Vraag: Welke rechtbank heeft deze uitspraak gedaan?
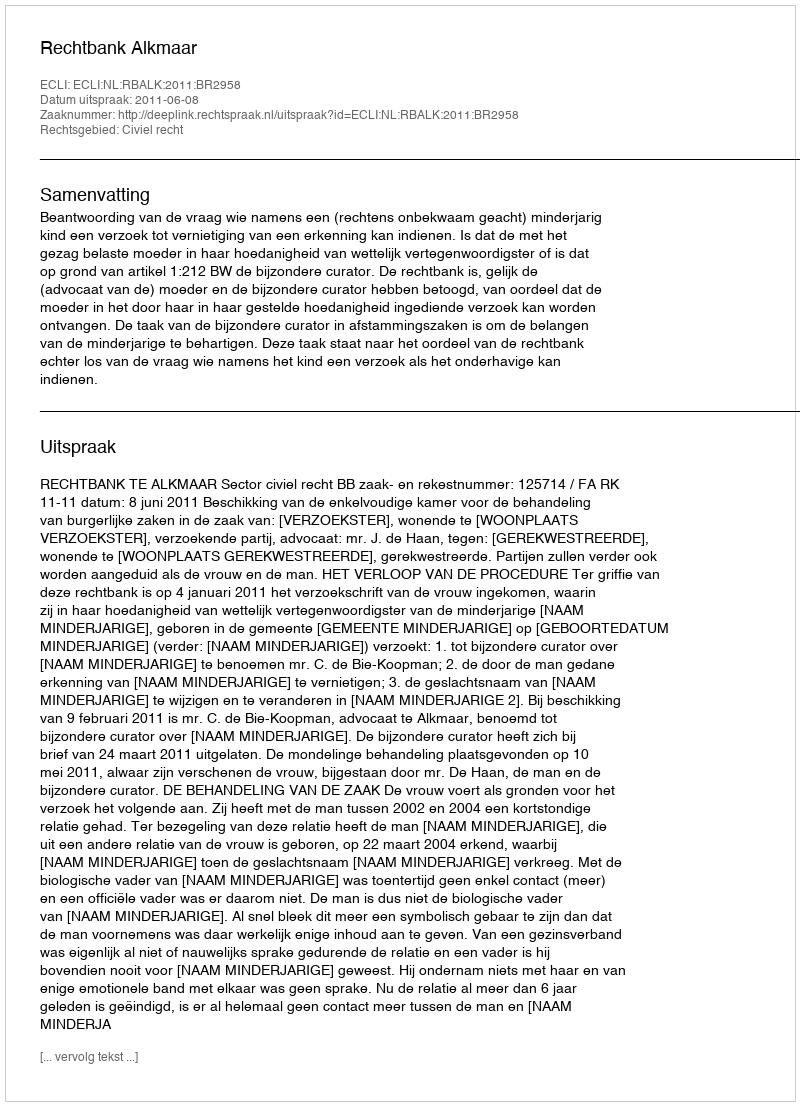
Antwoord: Rechtbank Alkmaar